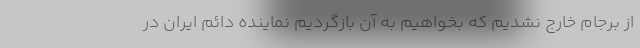
از برجام خارج نشدیم که بخواهیم به آن بازگردیم نماینده دائم ایران در